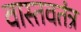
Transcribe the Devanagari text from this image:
वास्तवतंत्र